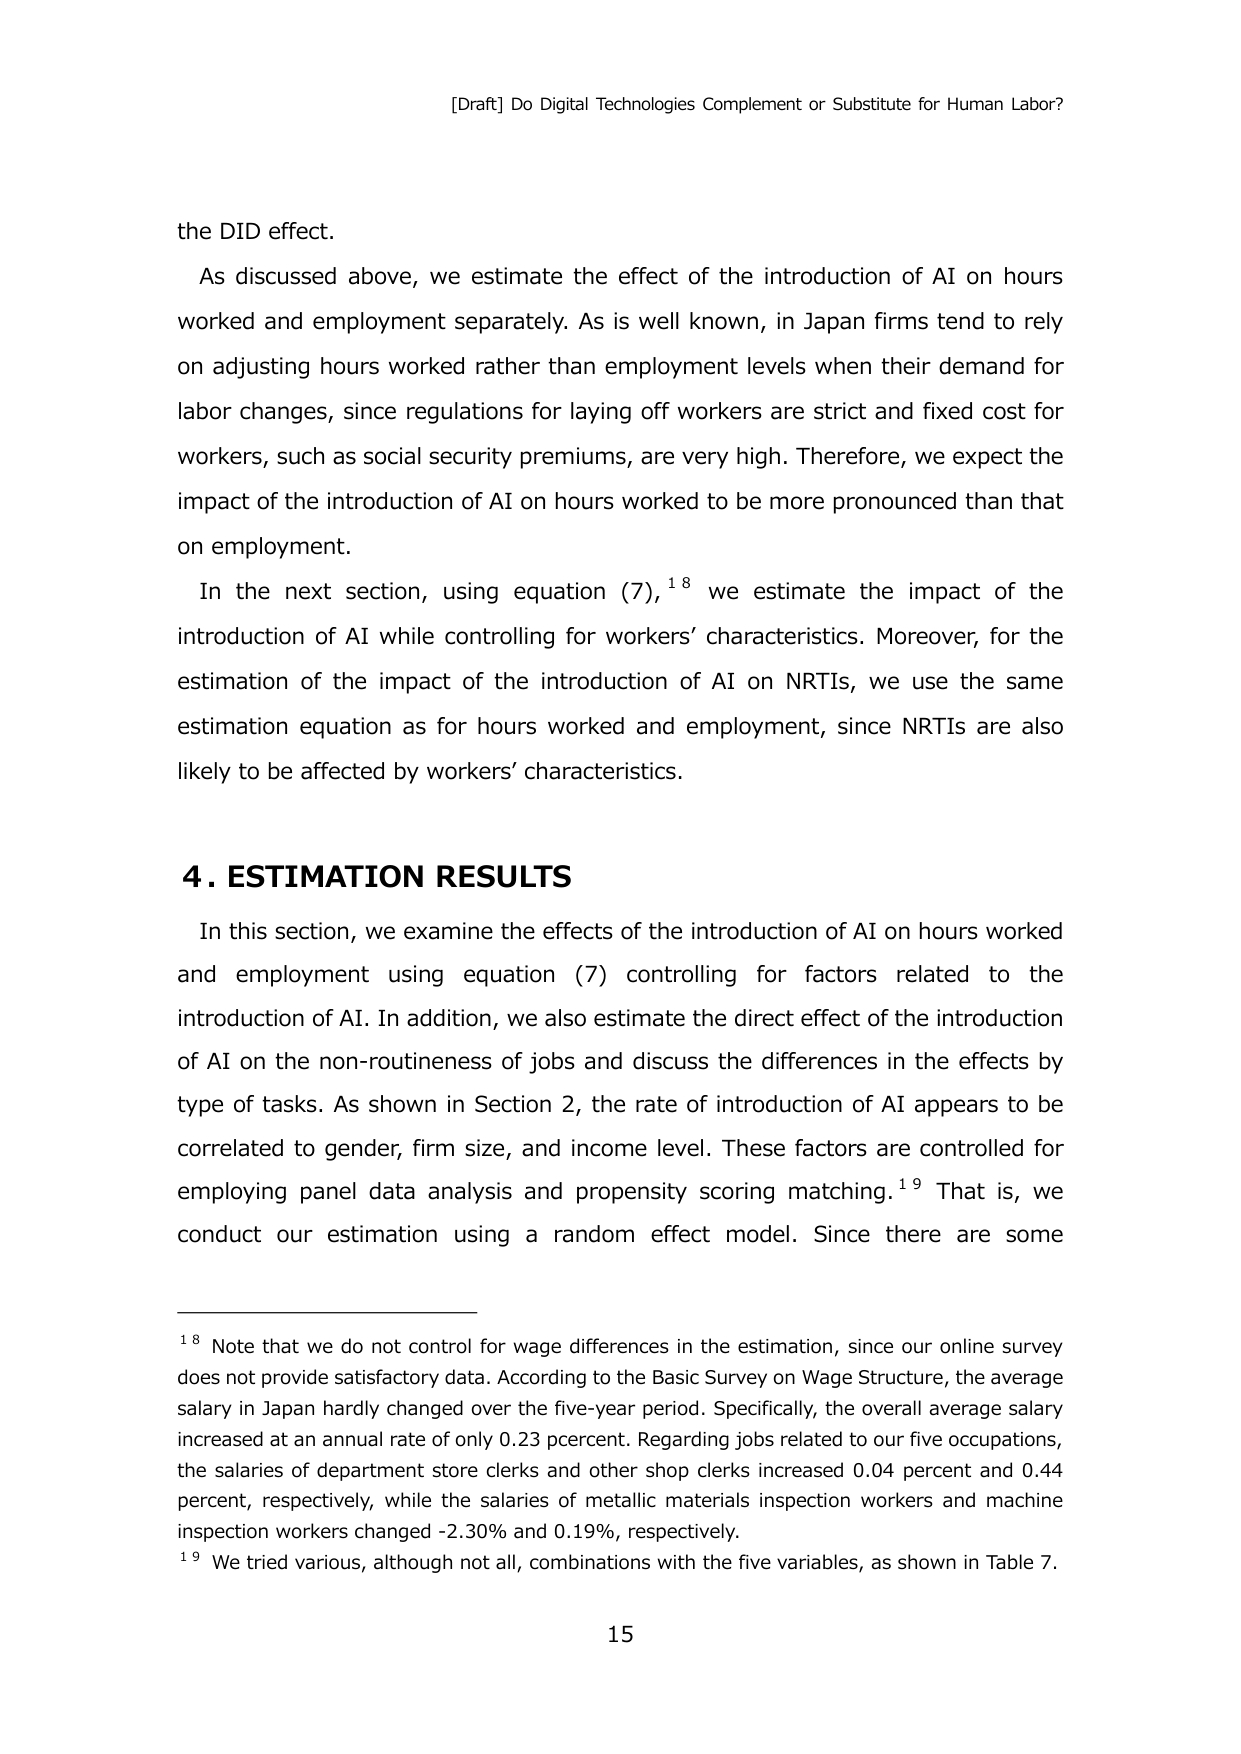
[Draft] Do Digital Technologies Complement or Substitute for Human Labor?

the DID effect.

As discussed above, we estimate the effect of the introduction of AI on hours worked and employment separately. As is well known, in Japan firms tend to rely on adjusting hours worked rather than employment levels when their demand for labor changes, since regulations for laying off workers are strict and fixed cost for workers, such as social security premiums, are very high. Therefore, we expect the impact of the introduction of AI on hours worked to be more pronounced than that on employment.

In the next section, using equation (7),¹⁸ we estimate the impact of the introduction of AI while controlling for workers’ characteristics. Moreover, for the estimation of the impact of the introduction of AI on NRTIs, we use the same estimation equation as for hours worked and employment, since NRTIs are also likely to be affected by workers’ characteristics.

4. ESTIMATION RESULTS

In this section, we examine the effects of the introduction of AI on hours worked and employment using equation (7) controlling for factors related to the introduction of AI. In addition, we also estimate the direct effect of the introduction of AI on the non-routineness of jobs and discuss the differences in the effects by type of tasks. As shown in Section 2, the rate of introduction of AI appears to be correlated to gender, firm size, and income level. These factors are controlled for employing panel data analysis and propensity scoring matching.¹⁹ That is, we conduct our estimation using a random effect model. Since there are some

¹⁸ Note that we do not control for wage differences in the estimation, since our online survey does not provide satisfactory data. According to the Basic Survey on Wage Structure, the average salary in Japan hardly changed over the five-year period. Specifically, the overall average salary increased at an annual rate of only 0.23 percent. Regarding jobs related to our five occupations, the salaries of department store clerks and other shop clerks increased 0.04 percent and 0.44 percent, respectively, while the salaries of metallic materials inspection workers and machine inspection workers changed -2.30% and 0.19%, respectively.

¹⁹ We tried various, although not all, combinations with the five variables, as shown in Table 7.

15